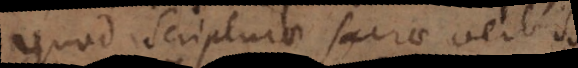
quod Scripturae sacrae verbis